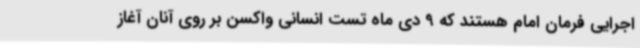
اجرایی فرمان امام هستند که 9 دی ماه تست انسانی واکسن بر روی آنان آغاز